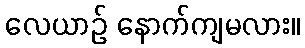
လေယာဉ် နောက်ကျမလား။